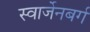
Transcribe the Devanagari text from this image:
स्वार्जेनबर्ग